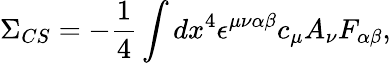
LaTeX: \Sigma_{CS}=-\frac{1}{4}\int dx^{4}\epsilon^{\mu\nu\alpha\beta}c_{\mu}A_{\nu}F_{\alpha\beta},